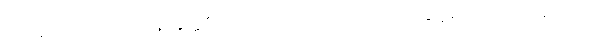
ကိုလည်းကောင်း။ သဝနာနုတ္တရိယံ၊ ကိုလည်းကောင်း။ လာဘာ၊ နုတ္တရိယံ၊ ကိုလည်းကောင်း။